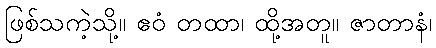
ဖြစ်သကဲ့သို့။ ဧဝံ တထာ၊ ထို့အတူ။ ဇာတာနံ၊